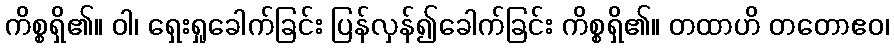
ကိစ္စရှိ၏။ ဝါ၊ ရှေးရှုခေါက်ခြင်း ပြန်လှန်၍ခေါက်ခြင်း ကိစ္စရှိ၏။ တထာဟိ တတောဧဝ၊